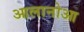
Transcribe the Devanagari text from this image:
आलानोआ